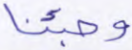
وجئنا